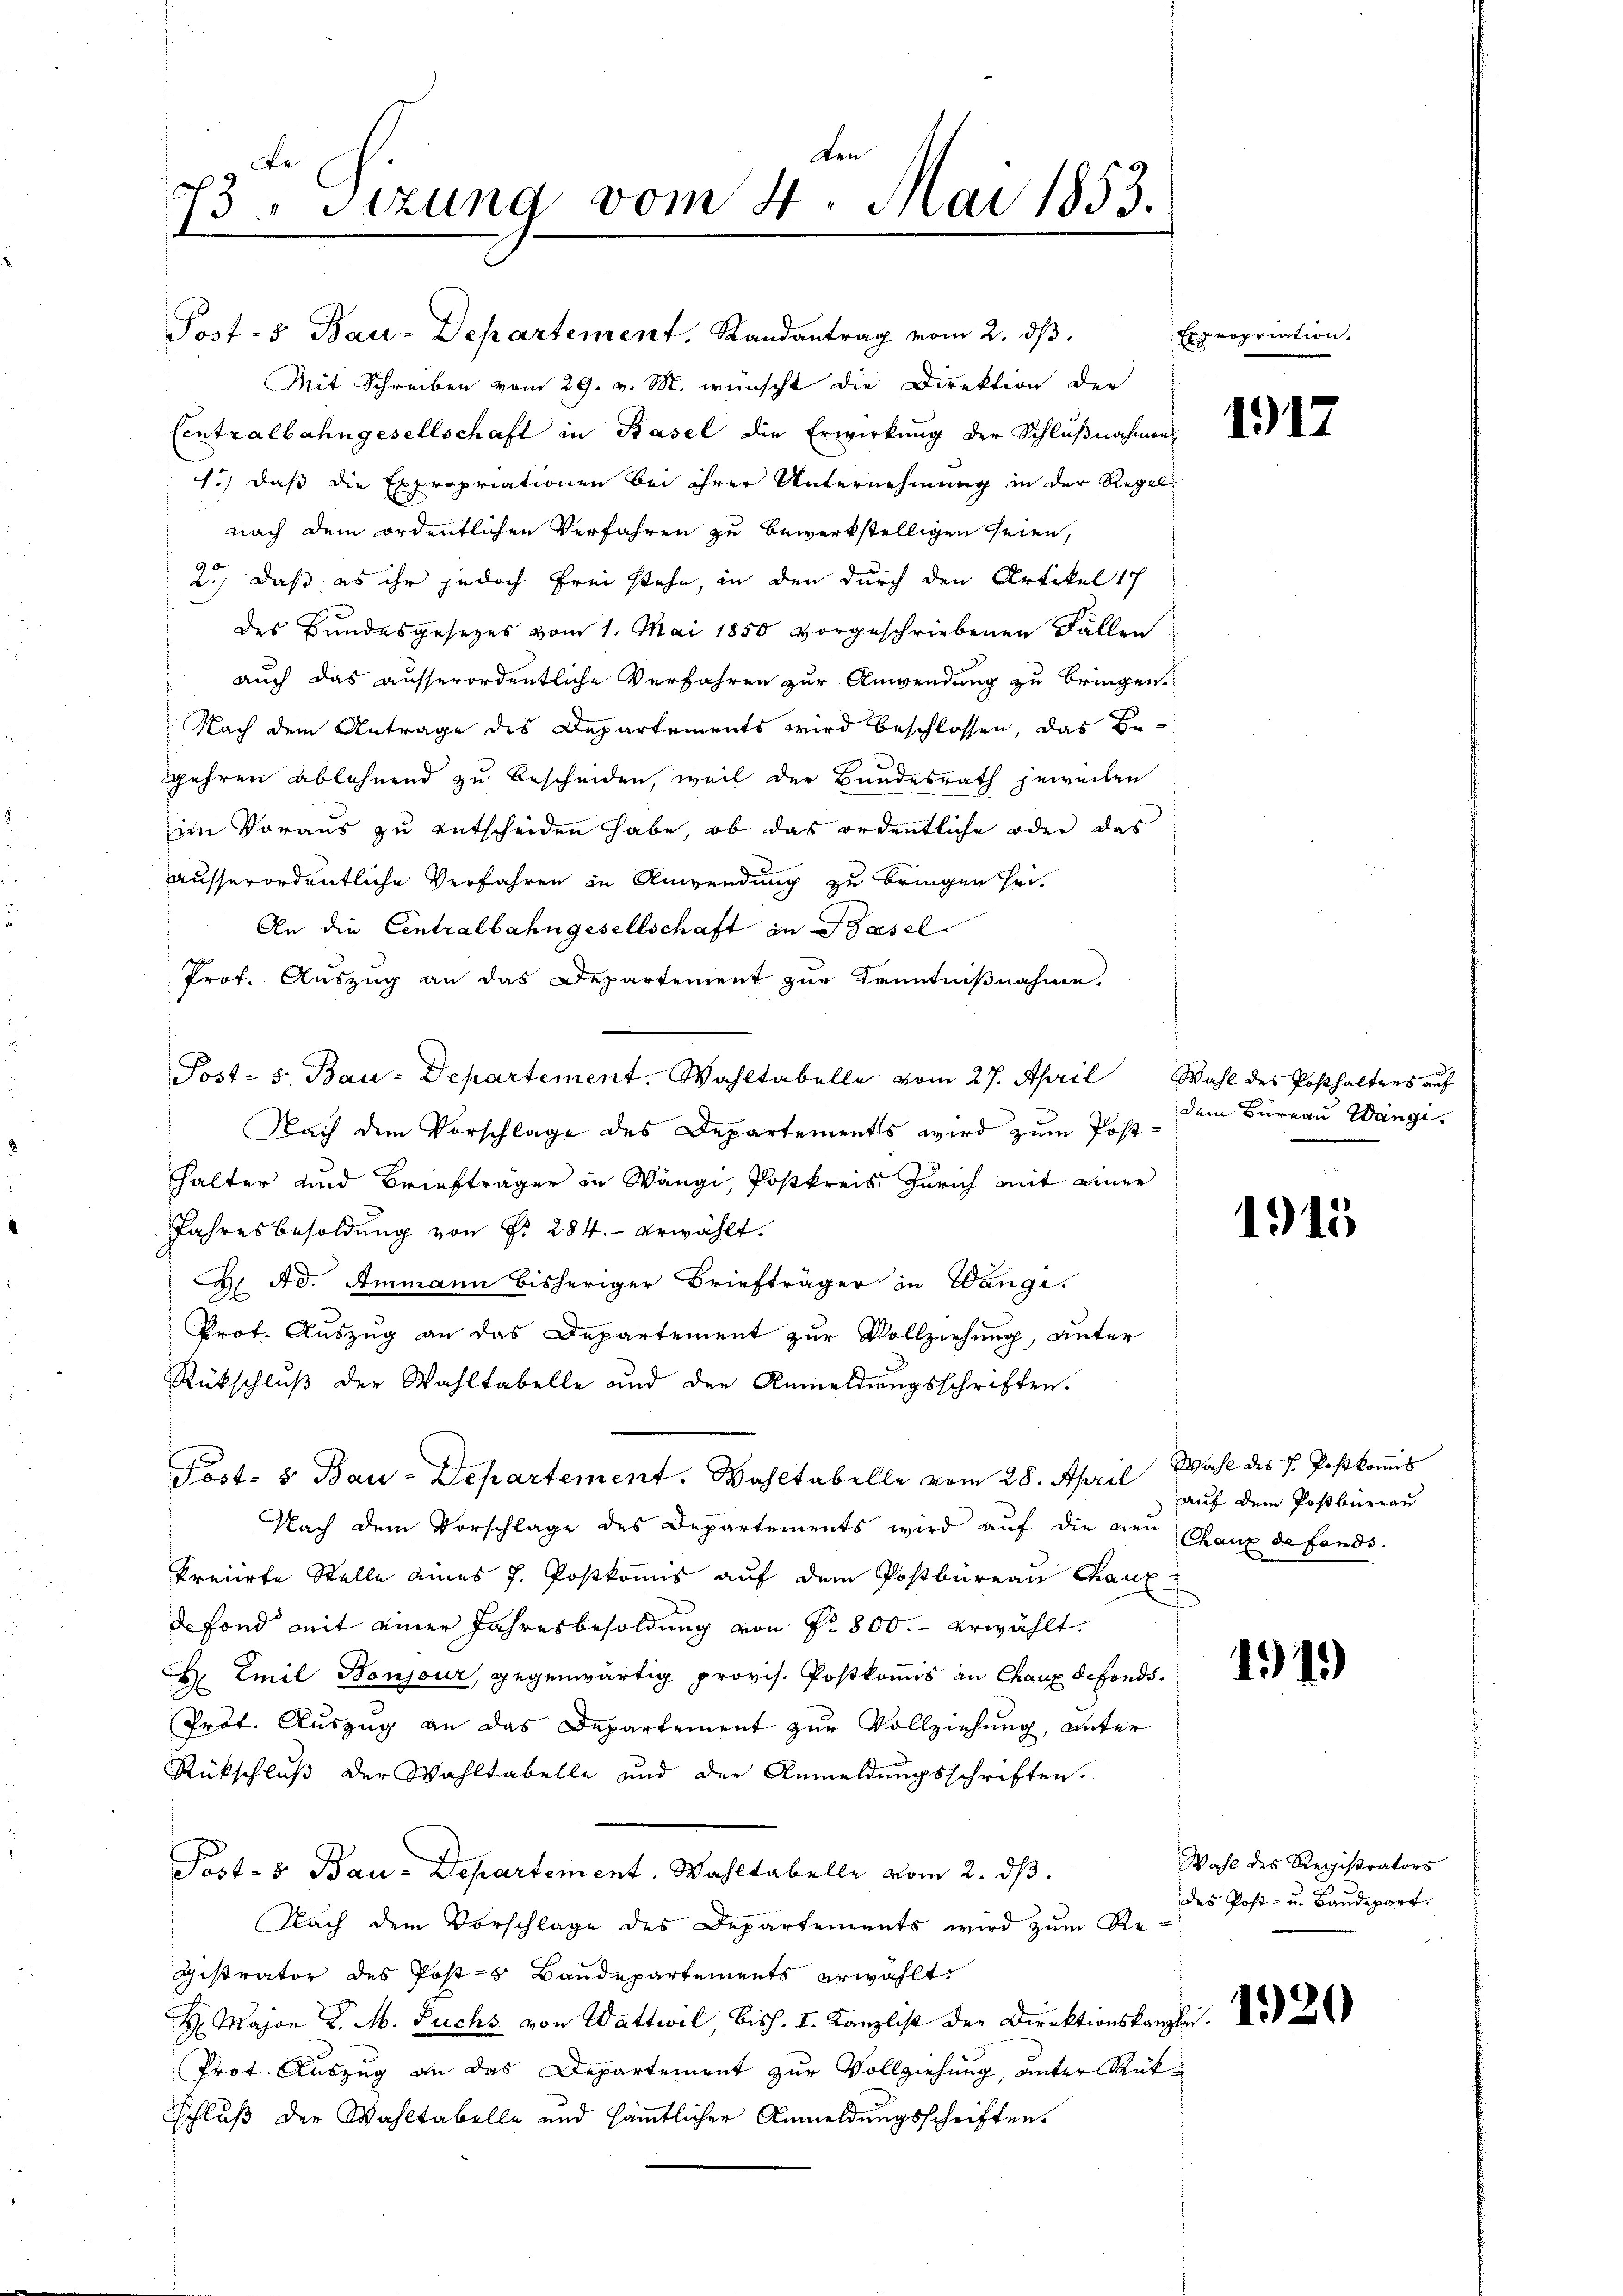
den
73. Sizung vom 4. Mai 1853.
t

Post-5 Bau-Departement. Randantrag vom 2. dβ.
Mit Schreiben vom 29. v. M. wünscht die Direktion der
Centralbahngesellschaft in Basel die Erwirkung der Schlußnahmen
f., daß die Expropriationen bei ihrer Unternehmung in der Regel
nach dem ordentlichen Verfahren zu bewerkstelligen seien,
2.) Daß es ihr jedoch frei stehe, in den durch den Artikel 17
des Bundesgesetzes vom 1. Mai 1850 vorgeschriebenen Fällen
auch das ausserordentliche Verfahren zur Anwendung zu bringen.
Nach dem Antrage des Departements wird beschlossen, das Begehren ablehnend zu bescheiden, weil der Bundesrath jeweilen
im Voraus zu entscheiden habe, ob das ordentliche oder das
ausserordentliche Verfahren in Anwendung zu bringen seif
An die Centralbahngesellschaft in Basel
Prof. Auszug an das Departement zur Kenntnißnahme,
Post- s. Bau-Departement. Wahltabelle vom 27. April Wahl des Posthalters auf
Nach dem Vorschlage des Departements wird zum Posthhalter und Briefträger in Wängi, Postkreis Zürich mit einer
Jahresbesoldung von Fr. 284. erwählt.
B Ad. Ammann bisheriger Briefträger in Wange
Prof. Auszug an das Departement zur Vollziehung, unter
Rückschluß der Wahltabelle und der Anmeldungsschriften.
Post- & Bau-Departement. Wahltabelle vom 28. April Wahl des P. Postkomis
Nach dem Vorschlage des Departements wird auf die neu
kreiirte Stelle eines J. Postkomis auf dem Postbüreau Chaux
de Fond mit einer Jahresbesoldung von Nr. 800.- erwählt.
 Emil Bonjour, gegenwärtig provis. Postkomis an Chaux defonds¬
Prof. Auszug an das Departement zur Vollziehung, unter
Rückschluß der Wahltabelle und der Anmeldungsschriften.
Post- & Bau-Departement. Wahltabelle vom 2. ds.
Nach dem Vorschlage des Departements wird zum Registrator des Post - Baudepartements erwählt
 Major K. M. Fuchs von Wattwil, bish. I. Kanzlist der Direktionskanzlei-
Prot. Auszug an das Departement zur Vollziehung, unter Rük¬
Schluß der Wahltabelle und sämmtlicher Anmeldungsschriften.

Expropriation.

1917

dem Büreau Wangi

1915

auf dem Postbüreau
Chaux de fonds.

1919)

Wahl des Registrators
des Post- u. Baudepart.

1920